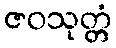
ဇဝသုတ္တံ